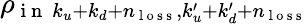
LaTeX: \rho_{\mathrm{~i~n~}~k_{u}+k_{d}+n_{\mathrm{~l~o~s~s~}},k_{u}^{\prime}+k_{d}^{\prime}+n_{\mathrm{~l~o~s~s~}}}